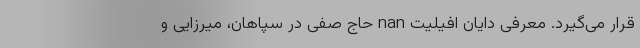
قرار می‌گیرد. معرفی دایان افیلیت nan حاج صفی در سپاهان، میرزایی و